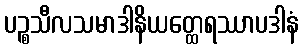
ပဉ္စသီလသမာဒါနိယတ္ထေရဿာပဒါနံ